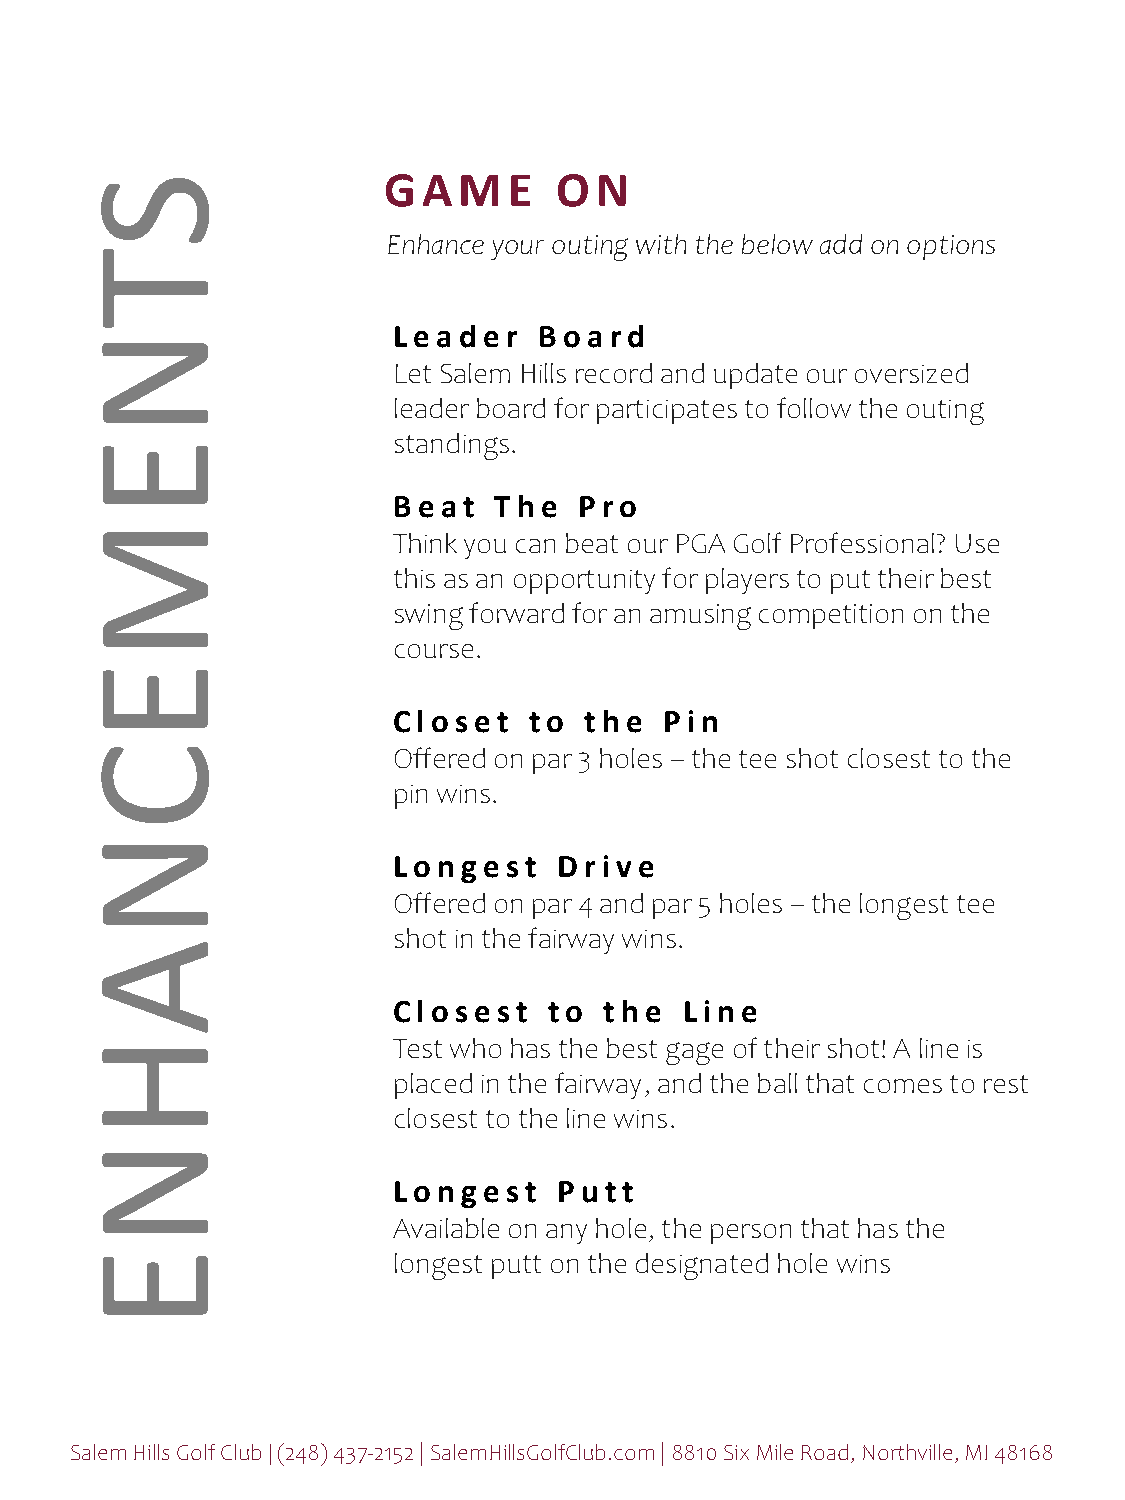
S                   GAM      E  ON
 Enhance your outing with the below add on options
 T
 Lea der   B o a rd
 N
 Let Salem Hills record and update our oversized
 leader board for participates to follow the outing
 E                    standings.
 B e at T he P ro
 M
 Think you can beat our PGA Golf Professional? Use
 this as an opportunity for players to put their best
 swing forward for an amusing competition on the
 course.
 E
 Cl o set to  the  P i n
 C                    Offered on par 3 holes – the tee shot closest to the
 pin wins.
 N
 Lo nge st  D ri ve
 Offered on par 4 and par 5 holes –the longest tee
 shot in the fairway wins.
 A
 Cl o se st to the  Li ne
 H                    Test who has the best gage of their shot! A line is
 placed in the fairway, and the ball that comes to rest
 closest to the line wins.
 N
 Lo nge st  P utt
 Available on any hole, the person that has the
 E                    longest putt on the designated hole wins
 Salem Hills Golf Club | (248) 437-2152 | SalemHillsGolfClub.com | 8810 Six Mile Road, Northville, MI 48168